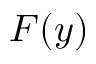
F ( y )